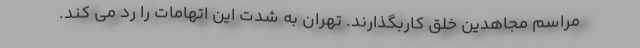
مراسم مجاهدین خلق کاربگذارند. تهران به شدت این اتهامات را رد می کند.